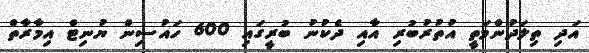
އަދި ތިލަދުންމަތީ އުތުރުބުރި އާއި ދެކުނު ބުރީގައި 600 ހައުސިން ޔުނިޓް އިމާރާތް